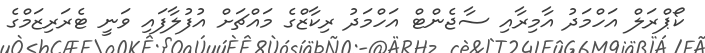
ކޯޕްރަލް އަހްމަދު އާމިރާއި ސާޖެންޓް އަހްމަދު ރިކާޒްގެ މައްޗަށް އުފުލާފައި ވަނީ ޓެރަރިޒަމްގެ